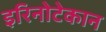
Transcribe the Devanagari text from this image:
इरिनोटेकान